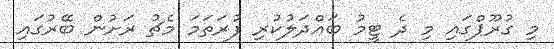
މި ގުރޫޕްގައި މި ދެ ޓީމު ބައްދަލުކުރި ފުރަތަމަ މެޗު ރަށުން ބޭރުގައި